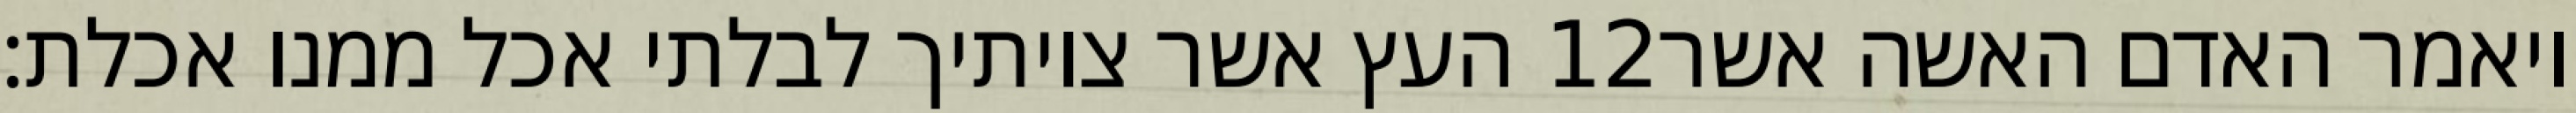
העץ אשר צויתיך לבלתי אכל ממנו אכלת׃ ‎12‏ ויאמר האדם האשה אשר